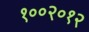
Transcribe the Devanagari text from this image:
१००२०१२